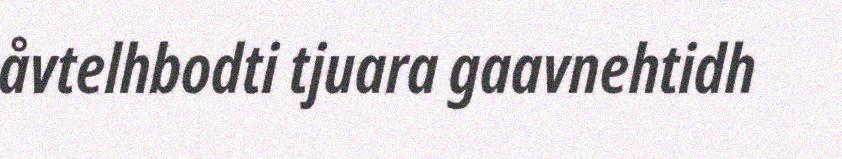
åvtelhbodti tjuara gaavnehtidh